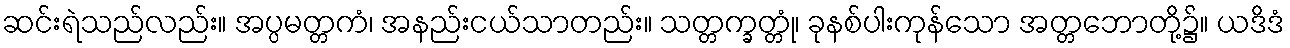
ဆင်းရဲသည်လည်း။ အပ္ပမတ္တကံ၊ အနည်းငယ်သာတည်း။ သတ္တက္ခတ္တုံ၊ ခုနစ်ပါးကုန်သော အတ္တဘောတို့၌။ ယဒိဒံ